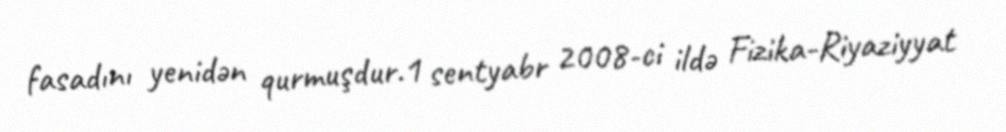
fasadını yenidən qurmuşdur.1 sentyabr 2008-ci ildə Fizika-Riyaziyyat